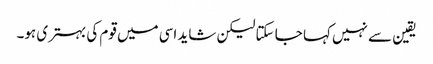
یقین سے نہیں کہا جا سکتا لیکن شاید اسی میں قوم کی بہتری ہو۔